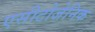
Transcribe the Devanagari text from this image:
एसीटोजेनिक